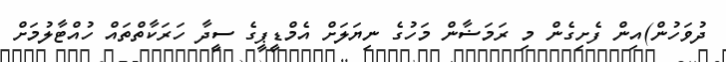
ދުވަހުން)އިން ފެށިގެން މި ރަމަޟާން މަހުގެ ނިޔަލަށް އެމްޑީޕީގެ ސީދާ ހަރަކާތްތައް ހުއްޓާލުމަށް